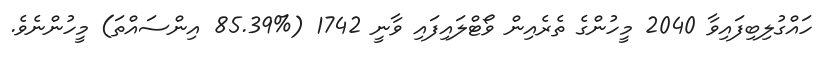
ހައްގުލިބިފައިވާ 2040 މީހުންގެ ތެރެއިން ވޯޓްލައިފައި ވާނީ 1742 (%85.39 އިންސައްތަ) މީހުންނެވެ.